Indian journal of veterinary science and animal husbandry - Volume 8,
Year: 1938
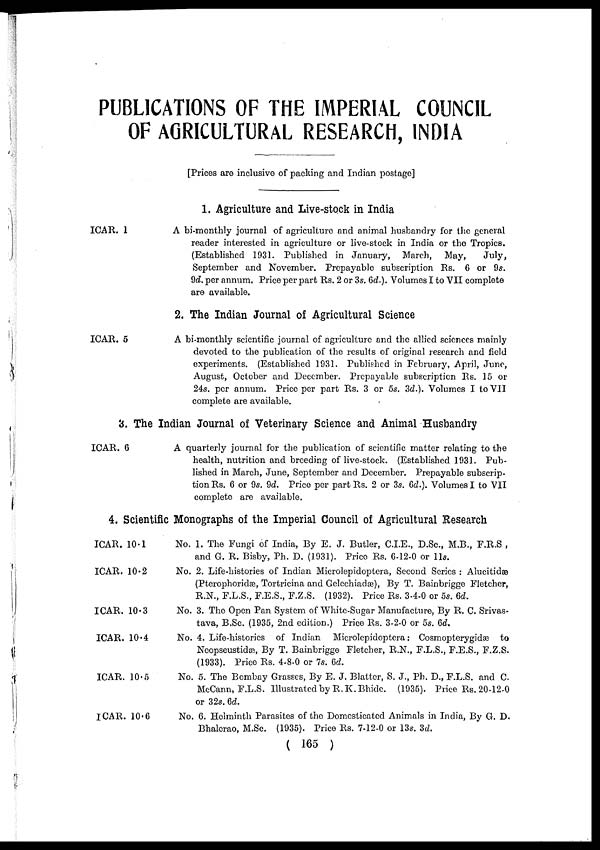
PUBLICATIONS OF THE IMPERIAL COUNCIL
OF AGRICULTURAL RESEARCH, INDIA
[Prices are inclusive of packing and Indian postage]
1. Agriculture and Live-stock in India
ICAR. 1
A bi-monthly journal of agriculture and animal husbandry for the general
reader interested in agriculture or live-stock in India or the Tropics.
(Established 1931. Published in January, March, May,
July,
September and November. Prepayable subscription Rs. 6 or 9s.
9d. per annum. Price per part Rs. 2 or 3s. 6d.). Volumes I to VII complete
are available.
2. The Indian Journal of Agricultural Science
ICAR. 5
A bi-monthly scientific journal of agriculture and the allied sciences mainly
devoted to the publication of the results of original research and field
experiments. (Established 1931. Published in February, April, June,
August, October and December. Prepayable subscription Rs. 15 or
24s. per annum. Price per part Rs. 3 or 5s. 3d.). Volumes I to VII
complete are available.
3. The Indian Journal of Veterinary Science and Animal Husbandry
ICAR. 6
A quarterly journal for the publication of scientific matter relating to the
health, nutrition and breeding of live-stock. (Established 1931. Pub-
lished in March, June, September and December. Prepayable subscrip-
tion Rs. 6 or 9s. 9d. Price per part Rs. 2 or 3s. 6d.). Volumes I to VII
complete are available.
4. Scientific Monographs of the Imperial Council of Agricultural Research
ICAR. 10.1
ICAR. 10.2
ICAR. 10.3
ICAR. 10.4
ICAR. 10.5
ICAR. 10.6
No. 1. The Fungi of India, By E. J. Butler, C.I.E., D.Sc., M.B., F.R.S ,
and G. R. Bisby, Ph. D. (1931). Price Rs. 6-12-0 or 11s.
No. 2. Life-histories of Indian Microlepidoptera, Second Series : Alucitidæ
(Pterophoridæ, Tortricina and Gelechiadæ), By T. Bainbrigge Fletcher,
R.N., F.L.S., F.E.S., F.Z.S. (1932). Price Rs. 3-4-0 or 5s. 6d.
No. 3. The Open Pan System of White-Sugar Manufacture, By R. C. Srivas¬
tava, B.Sc. (1935, 2nd edition.) Price Rs. 3-2-0 or 5s. 6d.
No. 4. Life-histories of Indian Microlepidoptera: Cosmopterygidæ to
Neopseustidæ, By T. Bainbrigge Fletcher, R.N., F.L.S., F.E.S., F.Z.S.
(1933). Price Rs. 4-8-0 or 7s. 6d.
No. 5. The Bombay Grasses, By E. J. Blatter, S. J., Ph. D., F.L.S. and C.
McCann, F.L.S. Illustrated by R. K. Bhide. (1935). Price Rs. 20-12-0
or 32s. 6d.
No. 6. Helminth Parasites of the Domesticated Animals in India, By G. D.
Bhalerao, M.Sc. (1935). Price Rs. 7-12-0 or 13s. 3d.
( 165 )